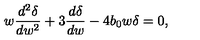
w \frac { d ^ { 2 } \delta } { d w ^ { 2 } } + 3 \frac { d \delta } { d w } - 4 b _ { 0 } w \delta = 0 ,